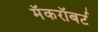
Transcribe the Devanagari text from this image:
मॅकरॉबर्ट